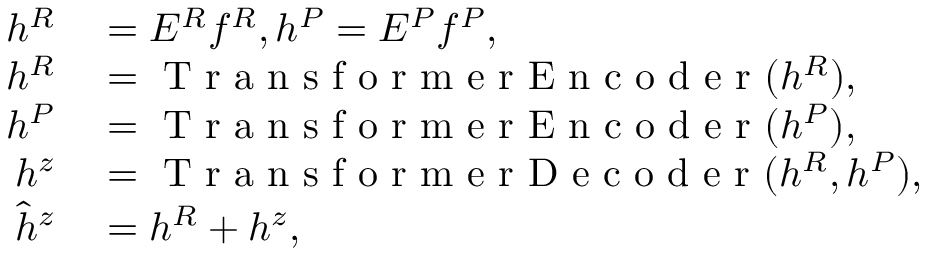
\begin{array} { r l } { h ^ { R } } & { { } = E ^ { R } f ^ { R } , h ^ { P } = E ^ { P } f ^ { P } , } \\ { h ^ { R } } & { { } = \mathrm { ~ T ~ r ~ a ~ n ~ s ~ f ~ o ~ r ~ m ~ e ~ r ~ E ~ n ~ c ~ o ~ d ~ e ~ r ~ } ( h ^ { R } ) , } \\ { h ^ { P } } & { { } = \mathrm { ~ T ~ r ~ a ~ n ~ s ~ f ~ o ~ r ~ m ~ e ~ r ~ E ~ n ~ c ~ o ~ d ~ e ~ r ~ } ( h ^ { P } ) , } \\ { h ^ { z } } & { { } = \mathrm { ~ T ~ r ~ a ~ n ~ s ~ f ~ o ~ r ~ m ~ e ~ r ~ D ~ e ~ c ~ o ~ d ~ e ~ r ~ } ( h ^ { R } , h ^ { P } ) , } \\ { \hat { h } ^ { z } } & { { } = h ^ { R } + h ^ { z } , } \end{array}